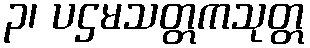
၃၊ ပဌမသတ္တကသုတ္တ